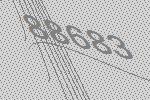
88683